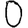
Digit: 0